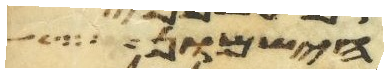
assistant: הישמון